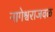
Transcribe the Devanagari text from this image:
नागेश्वराजवळ